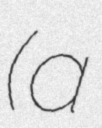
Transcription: (a